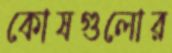
কোষগুলোর